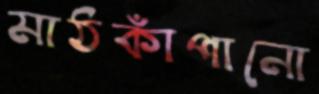
মাঠকাঁপানো